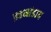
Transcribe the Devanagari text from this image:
ब्रहमांडाय